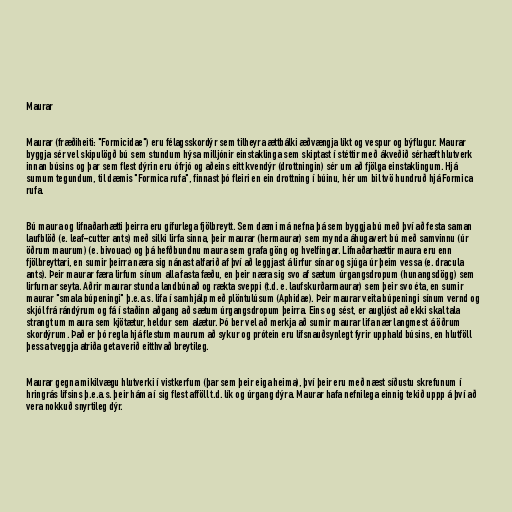
Maurar

Maurar (fræðiheiti: "Formicidae") eru félagsskordýr sem tilheyra ættbálki æðvængja líkt og vespur og býflugur. Maurar
byggja sér vel skipulögð bú sem stundum hýsa milljónir einstaklinga sem skiptast í stéttir með ákveðið sérhæft hlutverk
innan búsins og þar sem flest dýrin eru ófrjó og aðeins eitt kvendýr (drottningin) sér um að fjölga einstaklingum. Hjá
sumum tegundum, til dæmis "Formica rufa", finnast þó fleiri en ein drottning í búinu, hér um bil tvö hundruð hjá Formica
rufa.

Bú maura og lifnaðarhætti þeirra eru gífurlega fjölbreytt. Sem dæmi má nefna þá sem byggja bú með því að festa saman
laufblöð (e. leaf-cutter ants) með silki lirfa sinna, þeir maurar (hermaurar) sem mynda áhugavert bú með samvinnu (úr
öðrum maurum) (e. bivouac) og þá hefðbundnu maura sem grafa göng og hvelfingar. Lifnaðarhættir maura eru enn
fjölbreyttari, en sumir þeirra næra sig nánast alfarið af því að leggjast á lirfur sínar og sjúga úr þeim vessa (e. dracula
ants). Þeir maurar færa lirfum sínum alla fasta fæðu, en þeir næra sig svo af sætum úrgangsdropum (hunangsdögg) sem
lirfurnar seyta. Aðrir maurar stunda landbúnað og rækta sveppi (t.d. e. laufskurðarmaurar) sem þeir svo éta, en sumir
maurar "smala búpeningi" þ.e.a.s. lifa í samhjálp með plöntulúsum (Aphidae). Þeir maurar veita búpeningi sínum vernd og
skjól frá rándýrum og fá í staðinn aðgang að sætum úrgangsdropum þeirra. Eins og sést, er augljóst að ekki skal tala
strangt um maura sem kjötætur, heldur sem alætur. Þó ber vel að merkja að sumir maurar lifa nær langmest á öðrum
skordýrum. Það er þó regla hjá flestum maurum að sykur og prótein eru lífsnauðsynlegt fyrir upphald búsins, en hlutföll
þessa tveggja atriða geta verið eitthvað breytileg.

Maurar gegna mikilvægu hlutverki í vistkerfum (þar sem þeir eiga heima), því þeir eru með næst síðustu skrefunum í
hringrás lífsins þ.e.a.s. þeir háma í sig flest afföll t.d. lík og úrgang dýra. Maurar hafa nefnilega einnig tekið uppp á því að
vera nokkuð snyrtileg dýr.